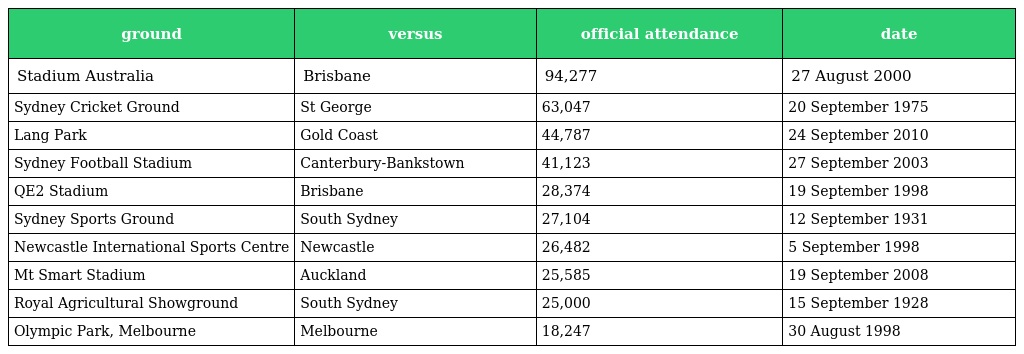
| ground | versus | official attendance | date |
 | --- | --- | --- | --- |
 | Stadium Australia | Brisbane | 94,277 | 27 August 2000 |
 | Sydney Cricket Ground | St George | 63,047 | 20 September 1975 |
 | Lang Park | Gold Coast | 44,787 | 24 September 2010 |
 | Sydney Football Stadium | Canterbury-Bankstown | 41,123 | 27 September 2003 |
 | QE2 Stadium | Brisbane | 28,374 | 19 September 1998 |
 | Sydney Sports Ground | South Sydney | 27,104 | 12 September 1931 |
 | Newcastle International Sports Centre | Newcastle | 26,482 | 5 September 1998 |
 | Mt Smart Stadium | Auckland | 25,585 | 19 September 2008 |
 | Royal Agricultural Showground | South Sydney | 25,000 | 15 September 1928 |
 | Olympic Park, Melbourne | Melbourne | 18,247 | 30 August 1998 |